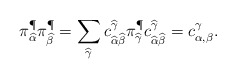
\begin{align*}\pi_{\widehat{\alpha}}^{\P} \pi_{\widehat{\beta}}^{\P} = \sum_{\widehat{\gamma}} c_{\widehat{\alpha}\widehat{\beta}}^{\widehat{\gamma}} \pi_{\widehat{\gamma}}^{\P} c_{\widehat{\alpha}\widehat{\beta}}^{\widehat{\gamma}} = c_{\alpha,\beta}^{\gamma}.\end{align*}